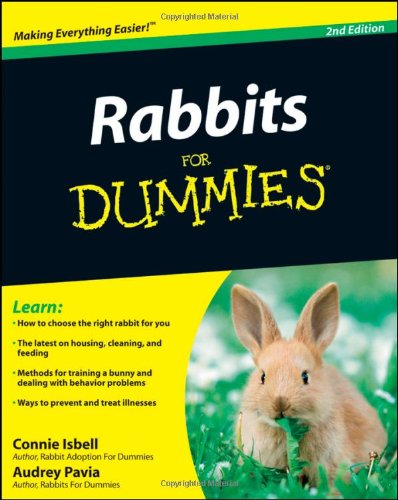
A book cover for Rabbits For Dummies; Connie Isbell; Crafts, Hobbies & Home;